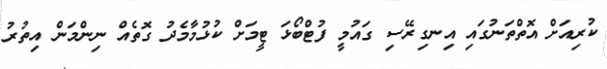
ކުރިއަށް އޮތްތަނުގައި އިނގިރޭސި ގައުމީ ފުޓްބޯޅަ ޓީމަށް ކުޅުމާމެދު ގޮތެއް ނިންމަން އިތުރު